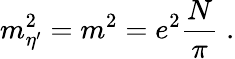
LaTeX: m_{\eta^{\prime}}^{2}=m^{2}=e^{2}\frac{N}{\pi}\; .